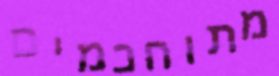
מתוחכמים